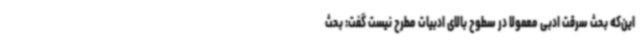
این‌که بحث سرقت ادبی معمولا در سطوح بالای ادبیات مطرح نیست گفت: بحث